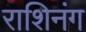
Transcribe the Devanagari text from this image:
राशिनंग